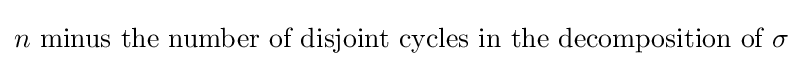
n{\text{ minus the number of disjoint cycles in the decomposition of }}\sigma